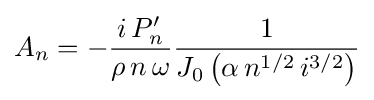
A_{n}=-{\frac {i\,P'_{n}}{\rho \,n\,\omega }}{\frac {1}{J_{0}\left(\alpha \,n^{1/2}\,i^{3/2}\right)}}